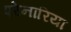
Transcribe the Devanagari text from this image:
एरेनारिया